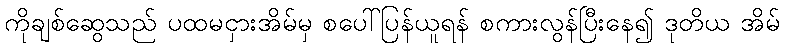
ကိုချစ်ဆွေသည် ပထမငှားအိမ်မှ စပေါ်ပြန်ယူရန် စကားလွန်ပြီးနေ၍ ဒုတိယ အိမ်